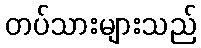
တပ်သားများသည်